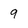
Character: 9